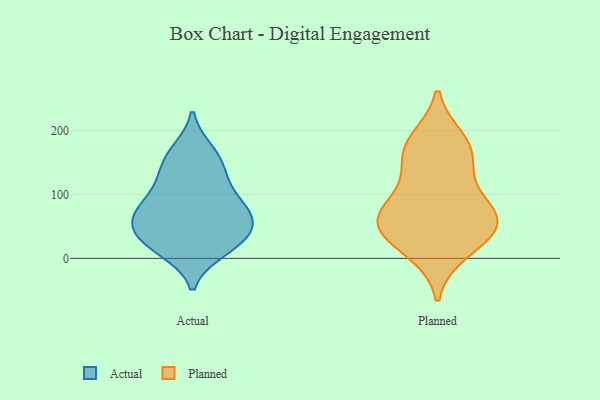
{"axis": {"x": "Shipments", "y": "Value"}, "legend": ["Actual", "Planned"], "data": [{"x": "", "y": 16, "type": "Actual"}, {"x": "", "y": 12, "type": "Actual"}, {"x": "", "y": 168, "type": "Actual"}, {"x": "", "y": 122, "type": "Actual"}, {"x": "", "y": 85, "type": "Actual"}, {"x": "", "y": 90, "type": "Actual"}, {"x": "", "y": 64, "type": "Actual"}, {"x": "", "y": 54, "type": "Actual"}, {"x": "", "y": 30, "type": "Actual"}, {"x": "", "y": 41, "type": "Actual"}, {"x": "", "y": 66, "type": "Actual"}, {"x": "", "y": 145, "type": "Actual"}, {"x": "", "y": 163, "type": "Actual"}, {"x": "", "y": 53, "type": "Actual"}, {"x": "", "y": 122, "type": "Actual"}, {"x": "", "y": 21, "type": "Actual"}, {"x": "", "y": 78, "type": "Actual"}, {"x": "", "y": 65, "type": "Planned"}, {"x": "", "y": 184, "type": "Planned"}, {"x": "", "y": 170, "type": "Planned"}, {"x": "", "y": 170, "type": "Planned"}, {"x": "", "y": 54, "type": "Planned"}, {"x": "", "y": 60, "type": "Planned"}, {"x": "", "y": 25, "type": "Planned"}, {"x": "", "y": 99, "type": "Planned"}, {"x": "", "y": 135, "type": "Planned"}, {"x": "", "y": 11, "type": "Planned"}, {"x": "", "y": 61, "type": "Planned"}, {"x": "", "y": 57, "type": "Planned"}]}